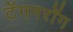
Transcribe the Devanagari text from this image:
टॅगनरॉग